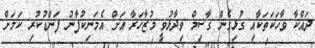
ދައްކާ ވާހަކަތަކާއި ގުޅިގެން ގާސިމް ވިދާޅުވީ މުޒާހަރާ އަށް އެމަނިކުފާނު ފަންޑުކުރި ކަމަށް